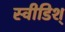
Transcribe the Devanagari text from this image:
स्वीडिश्